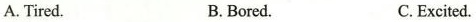
A.Tired B.Bored. C.Excited.